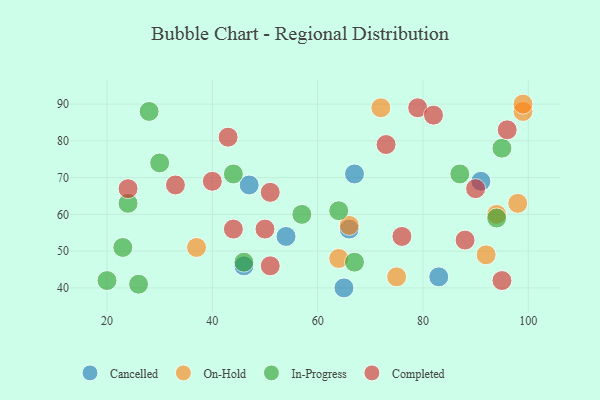
{"axis": {"x": "GDP", "y": "Life Expectancy"}, "legend": ["Cancelled", "Completed", "In-Progress", "On-Hold"], "data": [{"x": "65", "y": 40, "type": "Cancelled"}, {"x": "46", "y": 46, "type": "Cancelled"}, {"x": "83", "y": 43, "type": "Cancelled"}, {"x": "66", "y": 56, "type": "Cancelled"}, {"x": "54", "y": 54, "type": "Cancelled"}, {"x": "67", "y": 71, "type": "Cancelled"}, {"x": "47", "y": 68, "type": "Cancelled"}, {"x": "91", "y": 69, "type": "Cancelled"}, {"x": "98", "y": 63, "type": "On-Hold"}, {"x": "99", "y": 88, "type": "On-Hold"}, {"x": "37", "y": 51, "type": "On-Hold"}, {"x": "72", "y": 89, "type": "On-Hold"}, {"x": "94", "y": 60, "type": "On-Hold"}, {"x": "64", "y": 48, "type": "On-Hold"}, {"x": "66", "y": 57, "type": "On-Hold"}, {"x": "99", "y": 90, "type": "On-Hold"}, {"x": "75", "y": 43, "type": "On-Hold"}, {"x": "92", "y": 49, "type": "On-Hold"}, {"x": "24", "y": 63, "type": "In-Progress"}, {"x": "28", "y": 88, "type": "In-Progress"}, {"x": "46", "y": 47, "type": "In-Progress"}, {"x": "87", "y": 71, "type": "In-Progress"}, {"x": "64", "y": 61, "type": "In-Progress"}, {"x": "94", "y": 59, "type": "In-Progress"}, {"x": "44", "y": 71, "type": "In-Progress"}, {"x": "23", "y": 51, "type": "In-Progress"}, {"x": "95", "y": 78, "type": "In-Progress"}, {"x": "57", "y": 60, "type": "In-Progress"}, {"x": "20", "y": 42, "type": "In-Progress"}, {"x": "67", "y": 47, "type": "In-Progress"}, {"x": "26", "y": 41, "type": "In-Progress"}, {"x": "30", "y": 74, "type": "In-Progress"}, {"x": "79", "y": 89, "type": "Completed"}, {"x": "51", "y": 46, "type": "Completed"}, {"x": "51", "y": 66, "type": "Completed"}, {"x": "24", "y": 67, "type": "Completed"}, {"x": "44", "y": 56, "type": "Completed"}, {"x": "43", "y": 81, "type": "Completed"}, {"x": "96", "y": 83, "type": "Completed"}, {"x": "50", "y": 56, "type": "Completed"}, {"x": "73", "y": 79, "type": "Completed"}, {"x": "40", "y": 69, "type": "Completed"}, {"x": "82", "y": 87, "type": "Completed"}, {"x": "90", "y": 67, "type": "Completed"}, {"x": "95", "y": 42, "type": "Completed"}, {"x": "88", "y": 53, "type": "Completed"}, {"x": "33", "y": 68, "type": "Completed"}, {"x": "76", "y": 54, "type": "Completed"}]}